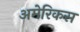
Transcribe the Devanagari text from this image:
अमेरिकस